Lock hospitals Punjab
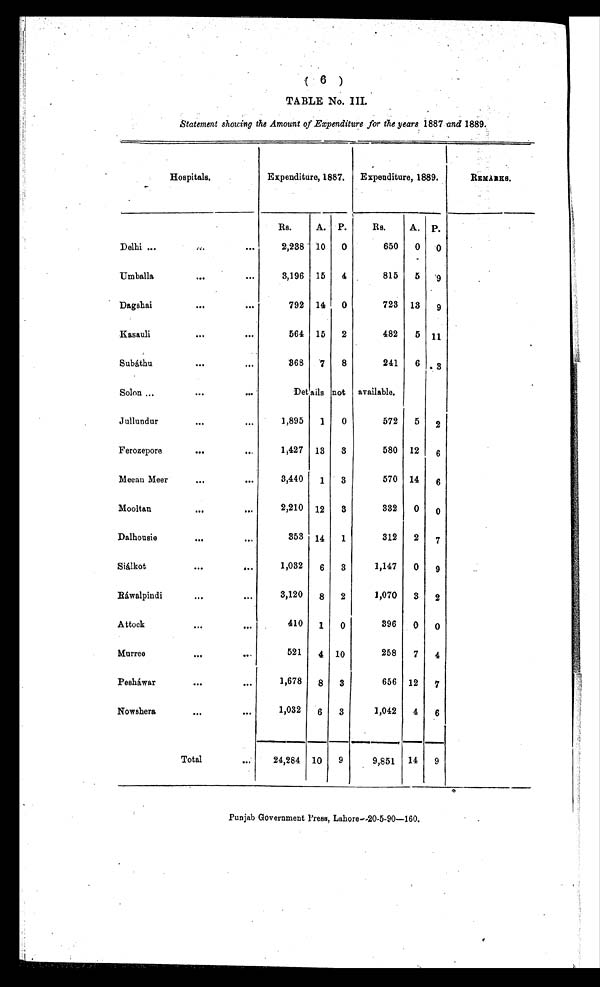
( 6 )
TABLE No. III.
Statement showing the Amount of Expenditure for the years 1887 and 1889.
Hospitals.
Expenditure, 1887.
Expenditure, 1889.
REMARKS.
Rs.
A. P.
R s .
A.
P .
Delhi ...
...
. . .
2,238 10
0
650
0
0
Umballa
. . .
. . .
3,196 15
4
815
5
9
Dagshai
. . .
. . .
792 14
0
723 13
9
Kasauli
...
. . .
564 15
2
482
5
1 1
Subáthu
. . .
. . .
368
7
8
241
6
3
Solon
. . .
. . .
Details not available.
Jullundur
. . .
. . .
1,895
1
0
572
5
2
Ferozepore
. . .
..,
1,427 13
3
580 12
6
Meeau Meer
...
. . .
3,440
1
3
570 14
6
Mooltan
. . .
. . .
2,210 12
3
332
0
0
Dalhousie
...
. . .
353 14
1
312
2
7
Siálkot
. . .
...
1,032
6
3
1,147
0
9
Ráwalpindi
...
. . .
3,120
8
2
1,070
3
2
Attock
. . .
. . .
410
1
0
396
0
0
Murree
. . .
. . .
521
4 10
258
7
4
Pesháwar
...
. . .
1,678
8
3
656 12
7
Nowshera
. . .
. . .
1,032
6
3
1,042
4
6
Total
...
24,284 10
9
9,851
14
9
Punjab Government Press, Lahore—20-5-90—160.